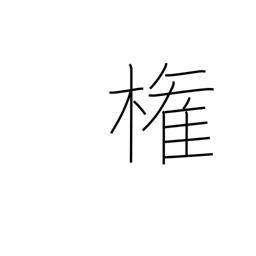
Meaning: authority